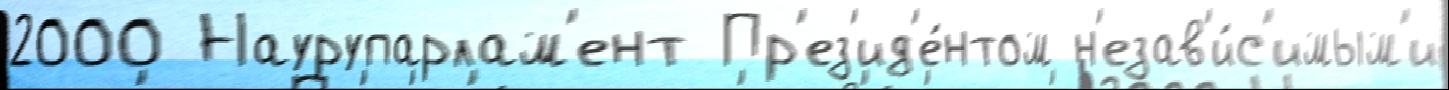
2000 Наурупарлам'ент Пр'ез'ид'е́нтом н'езав'и́с'имым'и